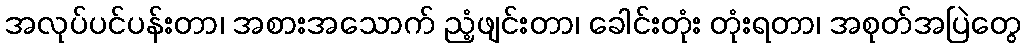
အလုပ်ပင်ပန်းတာ၊ အစားအသောက် ညံ့ဖျင်းတာ၊ ခေါင်းတုံး တုံးရတာ၊ အစုတ်အပြဲတွေ